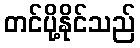
တင်ပို့နိုင်သည်